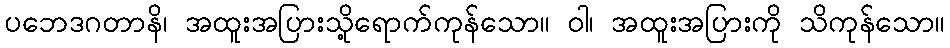
ပဘေဒဂတာနိ၊ အထူးအပြားသို့ရောက်ကုန်သော။ ဝါ၊ အထူးအပြားကို သိကုန်သော။